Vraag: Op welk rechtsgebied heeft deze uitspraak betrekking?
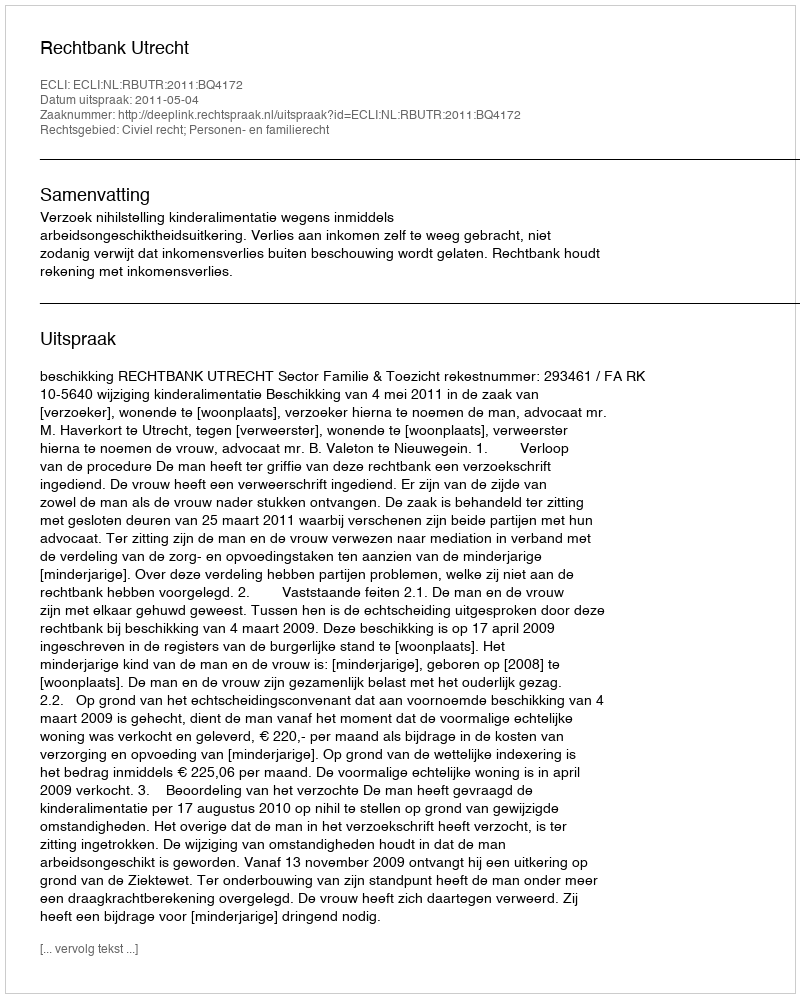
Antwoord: Civiel recht; Personen- en familierecht